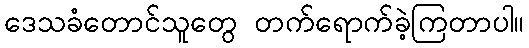
ဒေသခံတောင်သူတွေ တက်ရောက်ခဲ့ကြတာပါ။